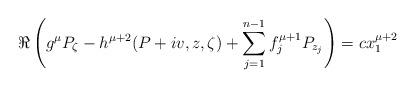
LaTeX: \begin{align*}\Re\left(g^{\mu}P_\zeta -h^{\mu+2}(P+iv,z,\zeta)+\sum_{j=1}^{n-1}f_j^{\mu+1}P_{z_j}\right)=cx_1^{\mu+2}\end{align*}